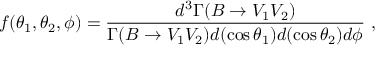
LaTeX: f ( \theta _ { 1 } , \theta _ { 2 } , \phi ) = \frac { d ^ { 3 } \Gamma ( B \rightarrow V _ { 1 } V _ { 2 } ) } { \Gamma ( B \rightarrow V _ { 1 } V _ { 2 } ) d { ( \cos \theta _ { 1 } ) } d { ( \cos \theta _ { 2 } ) } d \phi } \ ,